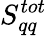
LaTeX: S_{qq}^{tot}